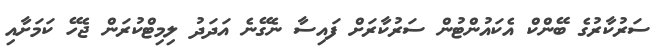
ސަރުކާރުގެ ބޭންކް އެކައުންޓުން ސަރުކާރަށް ފައިސާ ނެގޭނެ އަދަދު ލިމިޓްކުރަން ޖެހޭ ކަމަށާއި